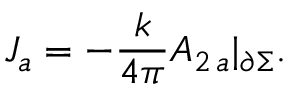
J _ { a } = - \frac { k } { 4 \pi } A _ { 2 \, a } | _ { \partial \Sigma } .